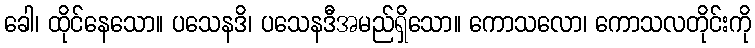
ခေါ၊ ထိုင်နေသော။ ပသေနဒိ၊ ပသေနဒီအမည်ရှိသော။ ကောသလော၊ ကောသလတိုင်းကို